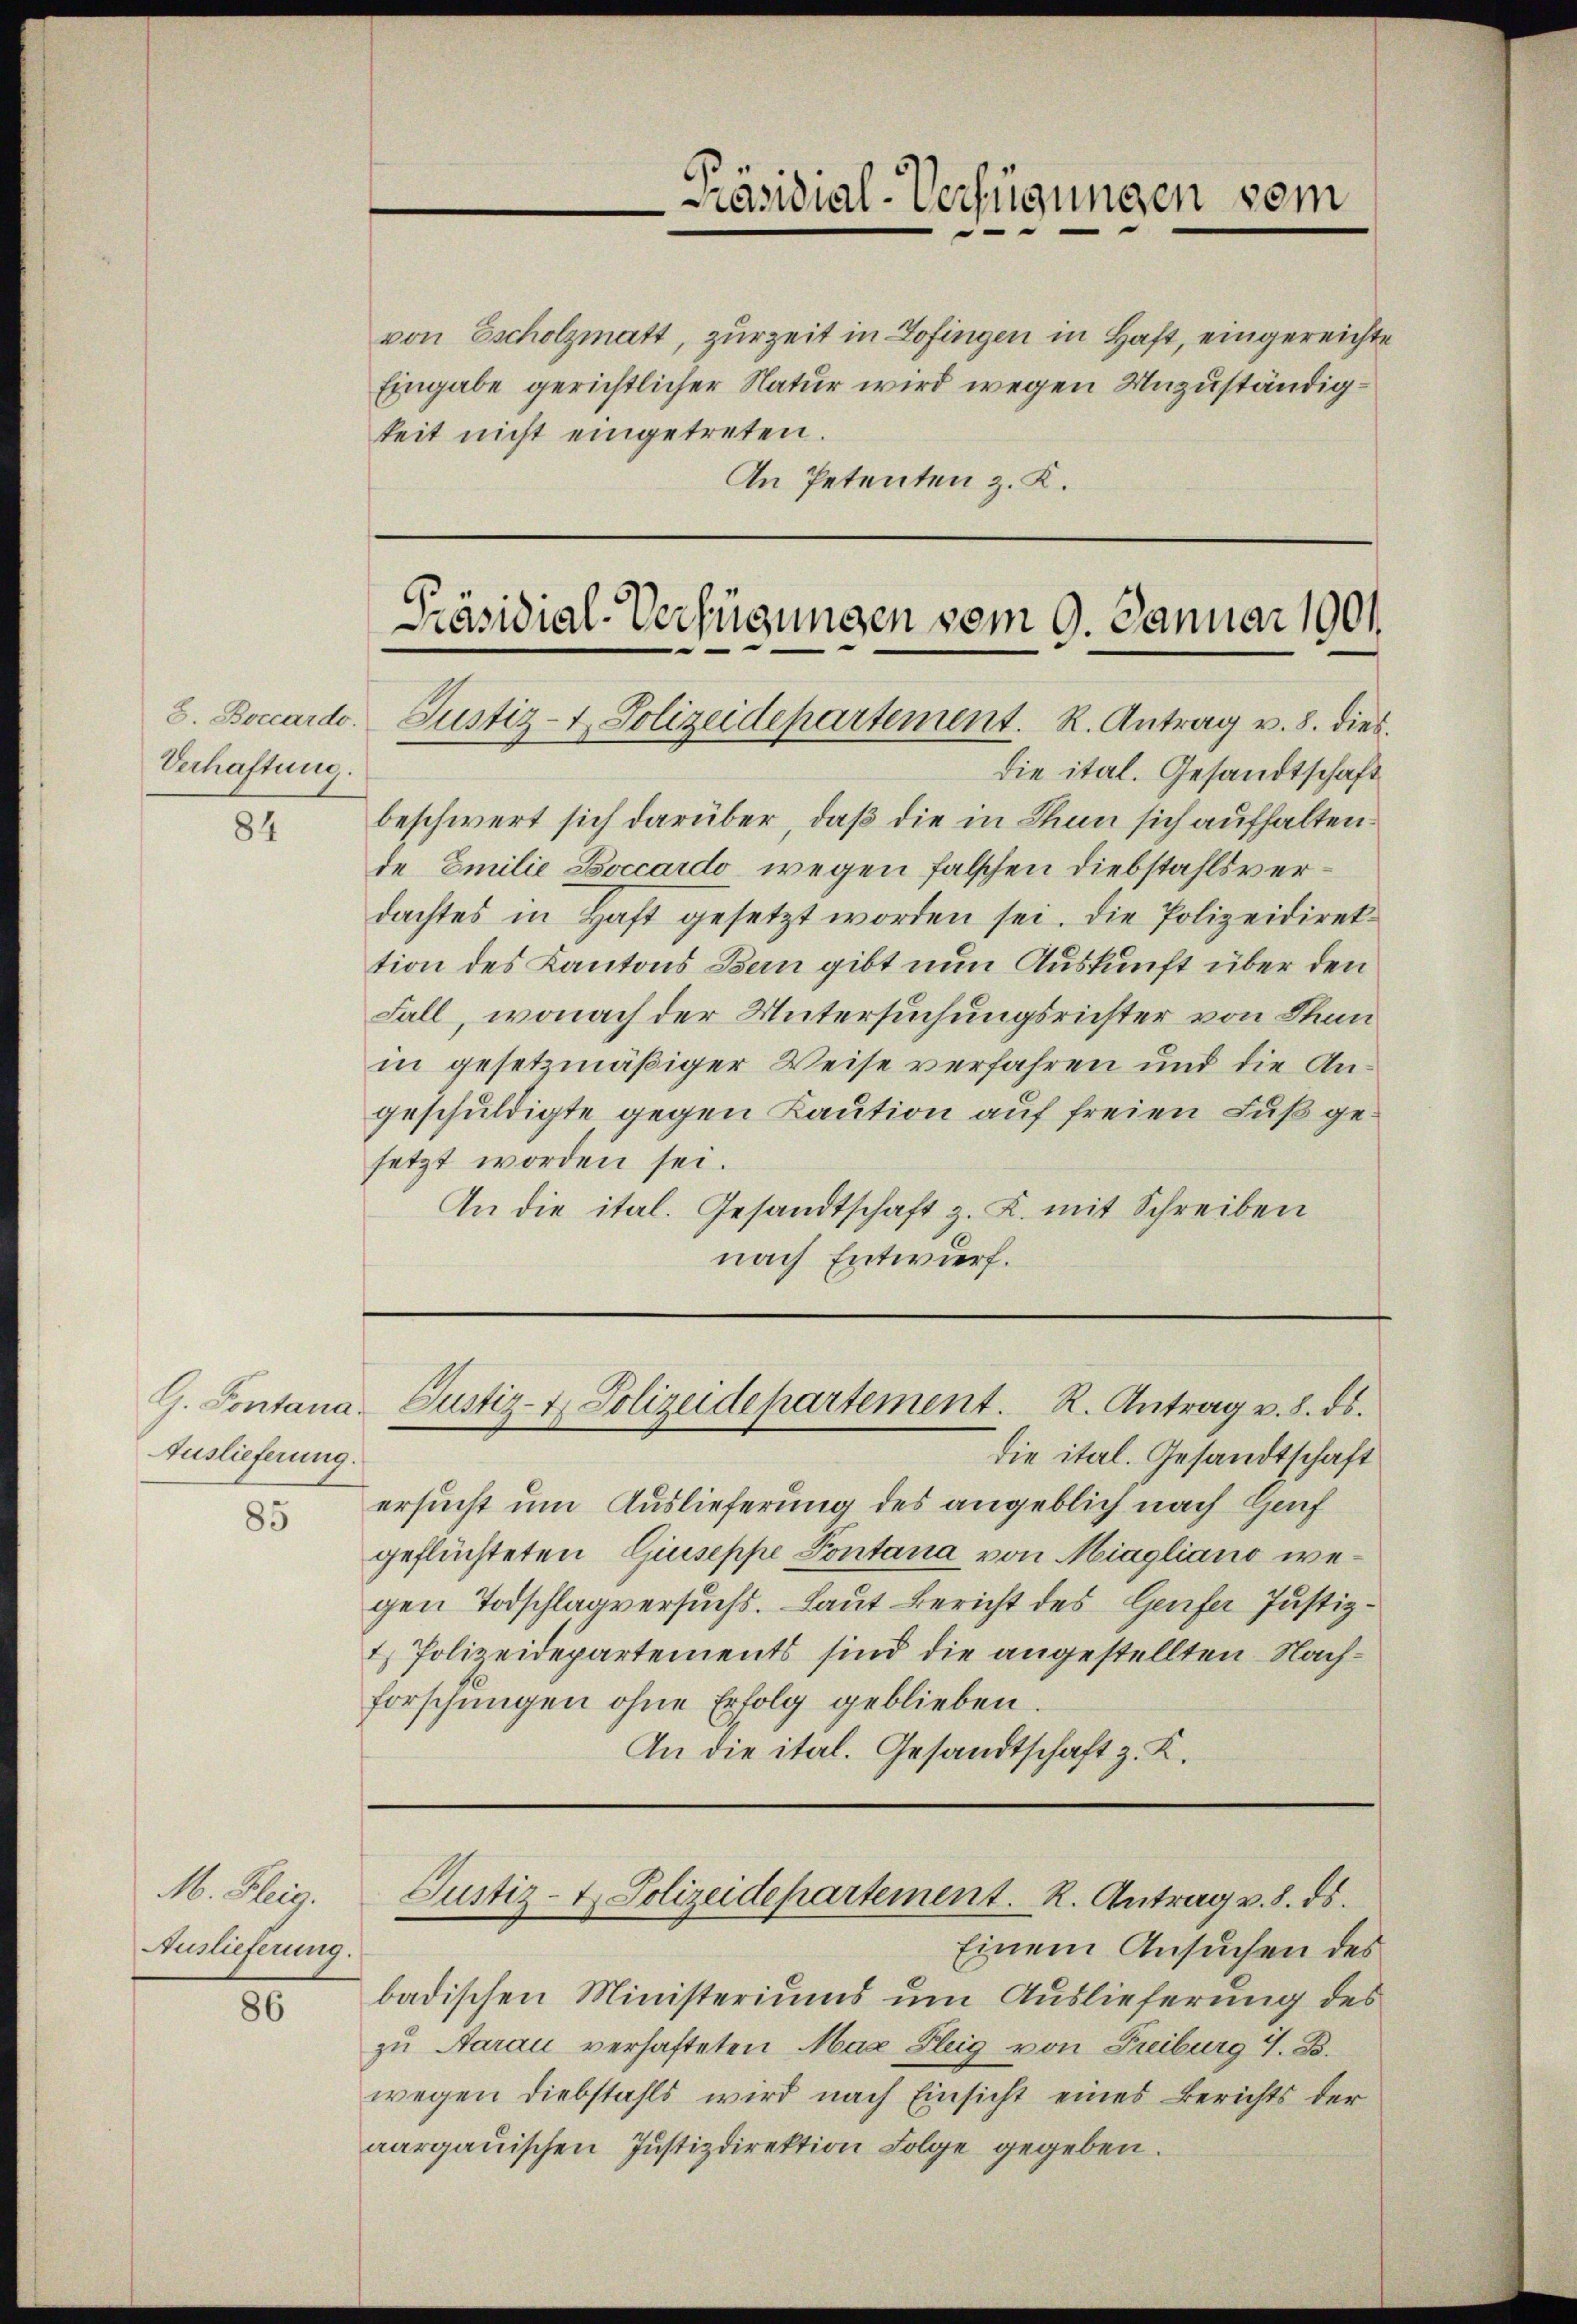
Verhaftung.

84

G. Fontana-
Auslieferung.

85

M. Fleig.
Auslieferung.

86

von Escholzmatt, zurzeit in Zofingen in Haft, eingereichte
Eingabe gerichtlicher Natur wird wegen Unzuständigkeit nicht eingetreten.
An Petenten z. K.

die ital. Gesandtschaft
beschwert sich darüber, daß die in Thun sich aufhaltende Emilie Boccardo, wegen falschen Diebstahlsverdachtes in Haft gesetzt worden sei. Die Polizeidirektion des Kantons Bern gibt nun Auskunft über den
Fall, wonach der Untersuchungsrichter von Stun
in gesetzmäßiger Weise verfahren und die Angeschuldigte gegen Kaution auf freien Fuß gesetzt worden sei.
An die ital. Gesandtschaft z. K. mit Schreiben
nach Entwurf.

Präsidial-Verfügungen vom

Präsidial-Verfügungen vom 9. Januar 1901
8. Boccardo Justiz- & Polizeidepartement. R. Antrag v. 8. dies

Justiz- & Polizeidepartement. R. Antrag v. 8. ds.

die ital. Gesandtschaft
ersucht um Auslieferung des angeblich nach Hof
geflüchteten Giuseppe Pontana von Miagliano wegen Todschlagversuchs. Laut Bericht des Genfer Justiz¬
1) Polizeidepartements sind die angestellten Nachforschungen ohne Erfolg geblieben.
An die ital. Gesandtschaft z. K.

Justiz- & Polizeidepartement. R. Antrag v. 8. ds.

badischen Ministeriums um Auslieferung des
zu Aarau verhafteten Max Fleig von Freiburg 4. B.
wegen diebstahls wird nach Einsicht eines Berichts der
aargauischen Justizdirektion Folge gegeben.

Einem Ansuchen des